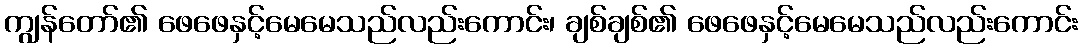
ကျွန်တော်၏ ဖေဖေနှင့်မေမေသည်လည်းကောင်း၊ ချစ်ချစ်၏ ဖေဖေနှင့်မေမေသည်လည်းကောင်း